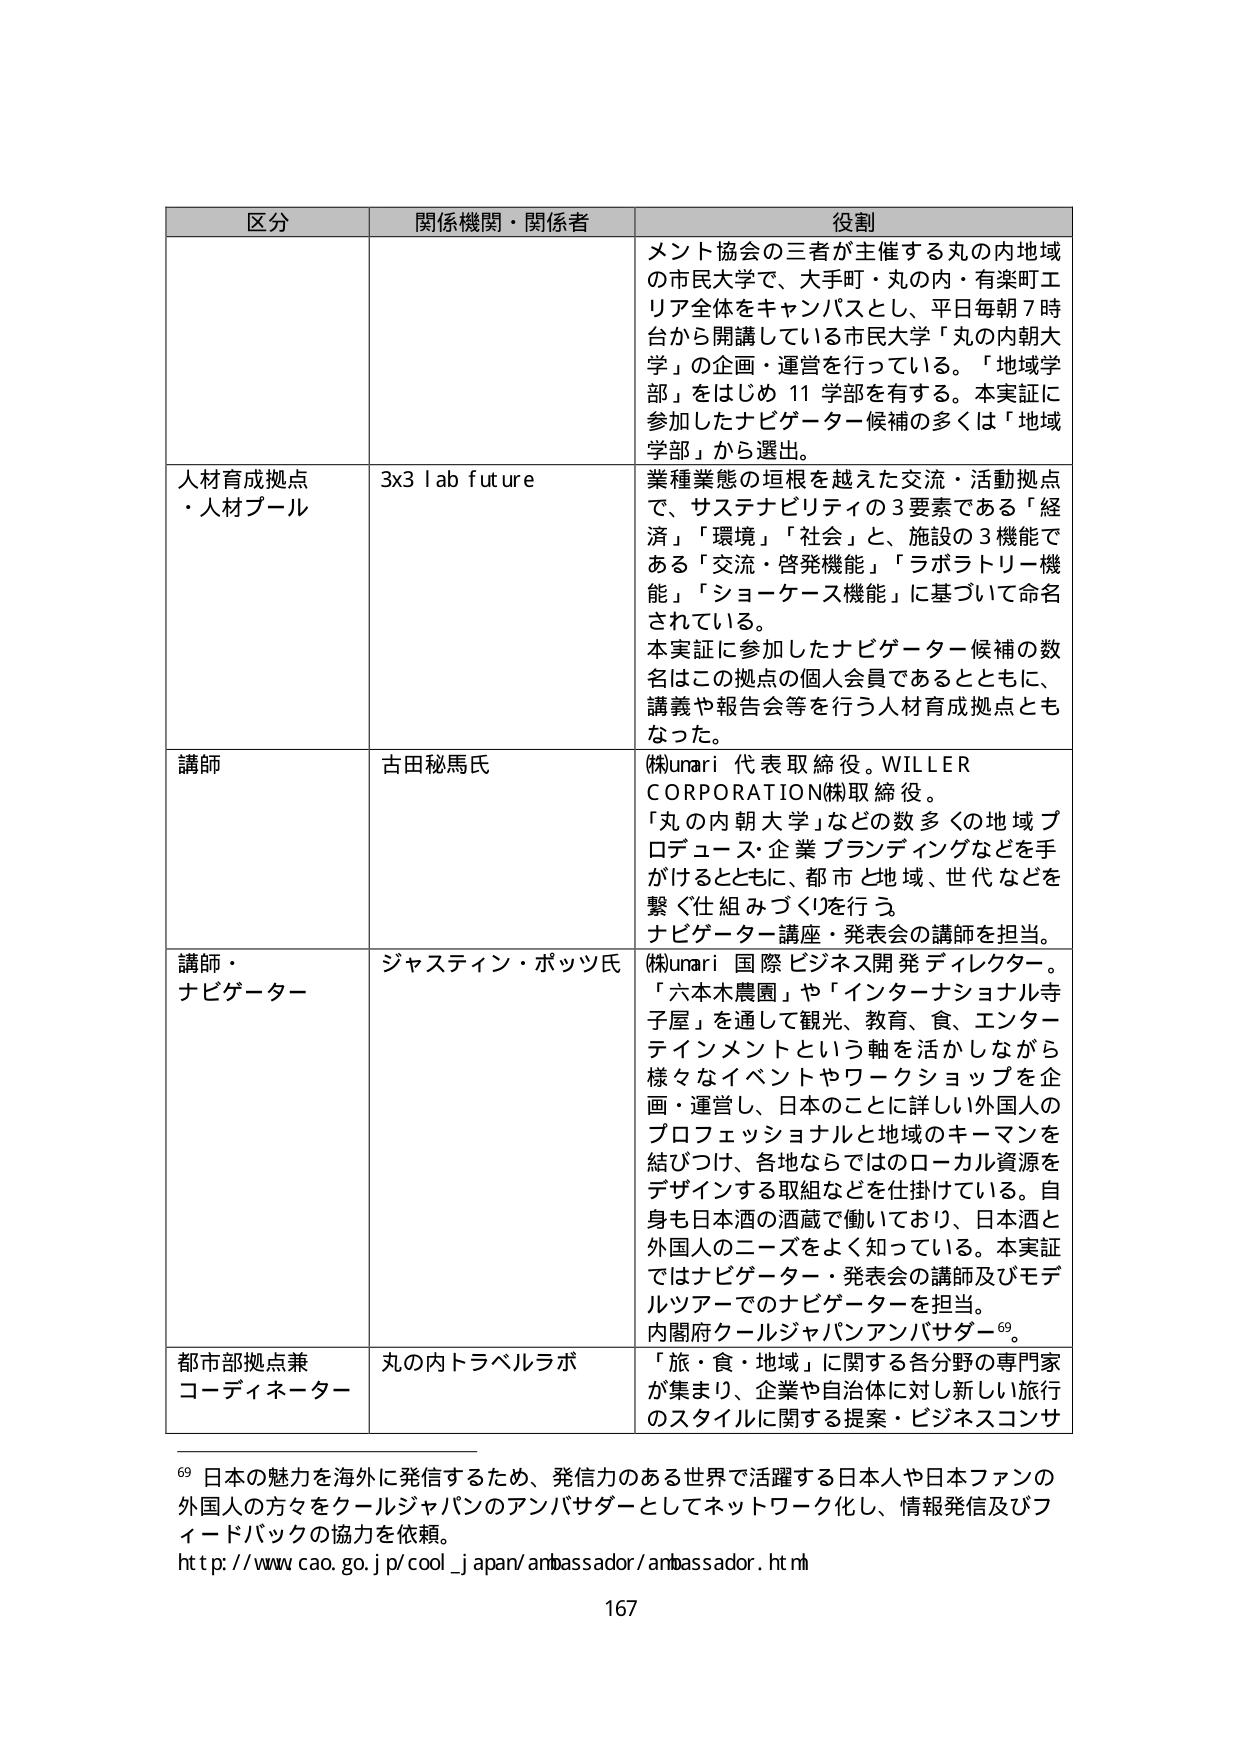
区分 関係機関・関係者 役割
メント協会の三者が主催する丸の内地域
の市民大学で、大手町・丸の内・有楽町エ
リア全体をキャンパスとし、平日毎朝7時
台から開講している市民大学「丸の内朝大
学」の企画・運営を行っている。「地域学
部」をはじめ11学部を有する。本実証に
参加したナビゲーター候補の多くは「地域
学部」から選出。
人材育成拠点
・人材プール
3x3 lab future
業種業態の垣根を越えた交流・活動拠点
で、サステナビリティの3要素である「経
済」「環境」「社会」と、施設の3機能で
ある「交流・啓発機能」「ラボラトリー機
能」「ショーケース機能」に基づいて命名
されている。
本実証に参加したナビゲーター候補の数
名はこの拠点の個人会員であるとともに、
講義や報告会等を行う人材育成拠点とも
なった。
講師
古田秘馬氏
(株)unari 代表取締役。WILLER
CORPORATION(株)取締役。
「丸の内朝大学」などの数多くの地域プ
ロデュース・企業ブランディングなどを手
がけるとともに、都市と地域、世代などを
繋ぐ仕組みづくりを行う。
ナビゲーター講座・発表会の講師を担当。
講師・
ナビゲーター
ジャスティン・ポッツ氏
(株)unari 国際ビジネス開発ディレクター。
「六本木農園」や「インターナショナル寺
子屋」を通して観光、教育、食、エンター
テインメントという軸を活かしながら
様々なイベントやワークショップを企
画・運営し、日本のことによく詳しい外国人の
プロフェッショナルと地域のキーマンを
結びつけ、各地ならではのローカル資源を
デザインする取組などを仕掛けている。自
身も日本酒の酒蔵で働いており、日本酒と
外国人のニーズをよく知っている。本実証
ではナビゲーター・発表会の講師及びモデ
ルツアーでのナビゲーターを担当。
内閣府クールジャパンアンバサダー69。
都市部拠点兼
コーディネーター
丸の内トラベルラボ
「旅・食・地域」に関する各分野の専門家
が集まり、企業や自治体に対し新しい旅行
のスタイルに関する提案・ビジネスコンサ
69 日本の魅力を海外に発信するため、発信力のある世界で活躍する日本人や日本ファンの
外国人の方々をクールジャパンのアンバサダーとしてネットワーク化し、情報発信及びフ
ィードバックの協力を依頼。
http://www.cao.go.jp/cool_japan/ambassador/ambassador.html
167